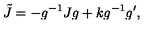
\tilde { J } = - g ^ { - 1 } J g + k g ^ { - 1 } g ^ { \prime } ,